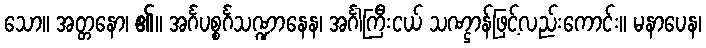
သော။ အတ္တနော၊ ၏။ အင်္ဂပစ္စင်္ဂသဏ္ဍာနေန၊ အင်္ဂါကြီးငယ် သဏ္ဌာန်ဖြင့်လည်းကောင်း။ မနာပေန၊